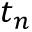
t _ { n }